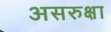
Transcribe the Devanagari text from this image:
असरुक्षा